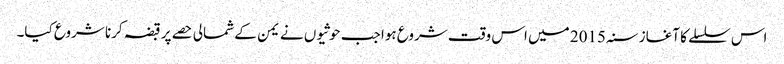
اس سلسلے کا آغاز سنہ 2015 میں اس وقت شروع ہوا جب حوثیوں نے یمن کے شمالی حصے پر قبضہ کرنا شروع کیا۔